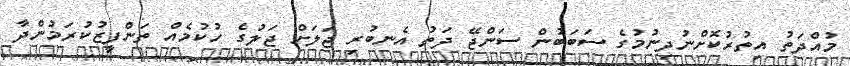
މުއްދަތު އިތުރުކޮށްނުދިނުމުގެ ސަބަބުން ސަންޖޭ ދަތު އެނބުރި ޖަލަށް ޖަލުގެ ހުކުމެއް ތަންފީޒުކުރަމުންދާ